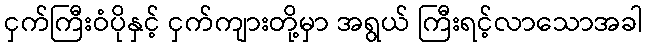
ငှက်ကြီးဝံပိုနှင့် ငှက်ကျားတို့မှာ အရွယ် ကြီးရင့်လာသောအခါ